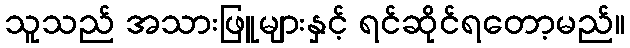
သူသည် အသားဖြူများနှင့် ရင်ဆိုင်ရတော့မည်။